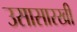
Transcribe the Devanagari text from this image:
उसासारखी